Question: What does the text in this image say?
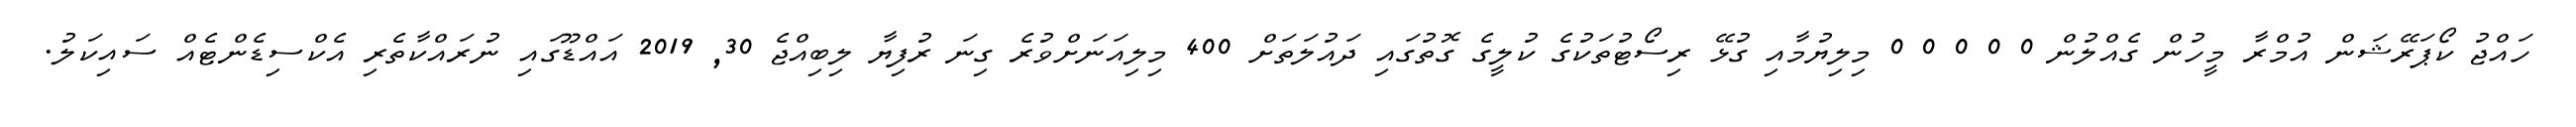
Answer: ހައްޖު ކޯޕަރޭޝަން އުމްރާ މީހުން ގެއްލުން 0 0 0 0 0 މިލިޔުމާއި ގުޅޭ ރިސޯޓުތަކުގެ ކުލީގެ ގޮތުގައި ދައުލަތަށް 400 މިލިއަނަށްވުރެ ގިނަ ރުފިޔާ ލިބިއްޖެ 30, 2019 އައްޑޫގައި ނުރައްކާތެރި އެކްސިޑެންޓެއް ސައިކަލު.